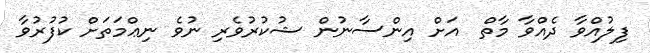
ފިލުއްވާ ދެއްވާ މާތް  އަށް އިންސާނުން ޝުކުރުވެރި ނުވެ ނިޢްމަތަށް ކުފުރުވާ